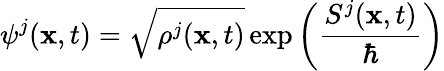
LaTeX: \psi^{j}(\textbf{x},t)=\sqrt{\rho^{j}(\textbf{x},t)}\exp\left(\frac{S^{j}(\textbf{x},t)}{\hbar}\right)